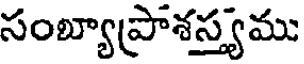
సంబ్యాప్రాశస్త్యము